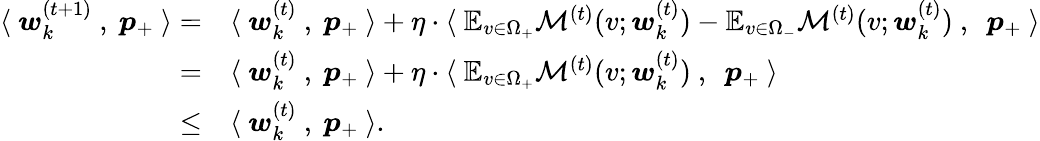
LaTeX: \begin{array}{rl}{\langle~{\boldsymbol w}_{k}^{(t+1)}~,~{\boldsymbol p}_{+}~\rangle=}&{\langle~{\boldsymbol w}_{k}^{(t)}~,~{\boldsymbol p}_{+}~\rangle+\eta\cdot\langle~\mathbb{E}_{v\in\Omega_{+}}\mathcal{M}^{(t)}(v;{\boldsymbol w}_{k}^{(t)})-\mathbb{E}_{v\in\Omega_{-}}\mathcal{M}^{(t)}(v;{\boldsymbol w}_{k}^{(t)})~,~~{\boldsymbol p}_{+}~\rangle}\\ {=}&{\langle~{\boldsymbol w}_{k}^{(t)}~,~{\boldsymbol p}_{+}~\rangle+\eta\cdot\langle~\mathbb{E}_{v\in\Omega_{+}}\mathcal{M}^{(t)}(v;{\boldsymbol w}_{k}^{(t)})~,~~{\boldsymbol p}_{+}~\rangle}\\ {\le}&{\langle~{\boldsymbol w}_{k}^{(t)}~,~{\boldsymbol p}_{+}~\rangle.}\end{array}